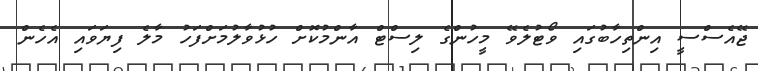
ޖޭއެސްސީ އިންތިހާބުގައި ވޯޓުލެވޭ މީހުންގެ ލިސްޓް އާންމުކޮށް ހުޅުވާލުމަށްފަހު މާލެ ފިޔަވައި އެހެން